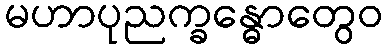
မဟာပုညက္ခန္ဓောတွေဝ